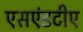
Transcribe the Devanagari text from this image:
एसएंडटीए